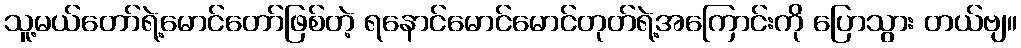
သူ့မယ်တော်ရဲ့မောင်တော်ဖြစ်တဲ့ ရနောင်မောင်မောင်တုတ်ရဲ့အကြောင်းကို ပြောသွား တယ်ဗျ။